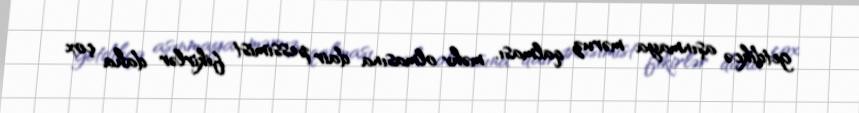
getdikcə aşınmaya məruz qalması, məhv olmasına dair pessimist fikirlər daha çox